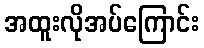
အထူးလိုအပ်ကြောင်း